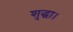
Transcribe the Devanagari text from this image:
शुद्धा।